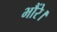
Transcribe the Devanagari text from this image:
भौंरे।